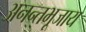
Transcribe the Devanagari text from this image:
अनन्तभूजाय